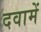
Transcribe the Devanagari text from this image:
दवामें